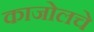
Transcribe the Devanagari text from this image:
काजोलचे